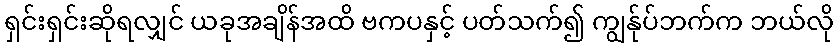
ရှင်းရှင်းဆိုရလျှင် ယခုအချိန်အထိ ဗကပနှင့် ပတ်သက်၍ ကျွန်ုပ်ဘက်က ဘယ်လို